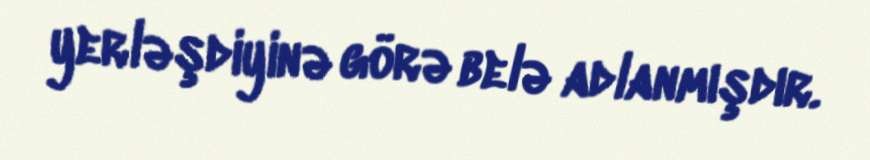
yerləşdiyinə görə belə adlanmışdır.